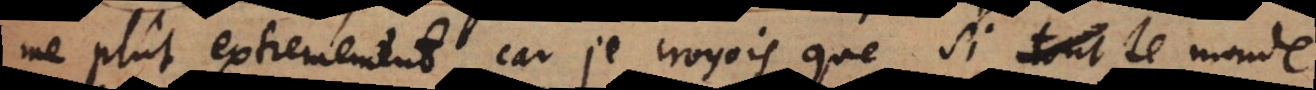
me plût extremement, car je croyois que, si le monde